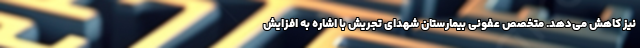
نیز کاهش می‌دهد. متخصص عفونی بیمارستان شهدای تجریش با اشاره به افزایش